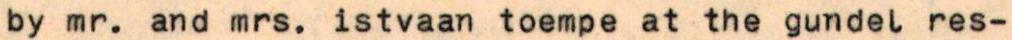
by mr. and mrs. istvaan toempe at the gundel res-